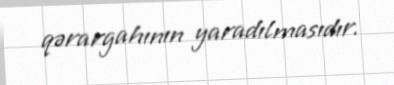
qərargahının yaradılmasıdır.